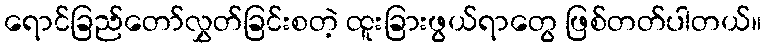
ရောင်ခြည်တော်လွှတ်ခြင်းစတဲ့ ထူးခြားဖွယ်ရာတွေ ဖြစ်တတ်ပါတယ်။